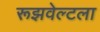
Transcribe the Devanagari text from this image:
रूझवेल्टला